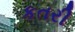
કતરી